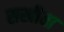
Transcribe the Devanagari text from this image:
सखीचा